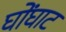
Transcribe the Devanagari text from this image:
घोंघाट